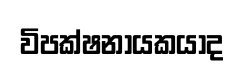
විපක්ෂනායකයාද